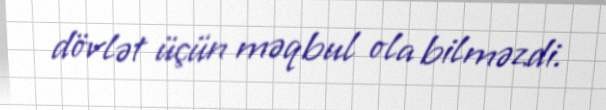
dövlət üçün məqbul ola bilməzdi.